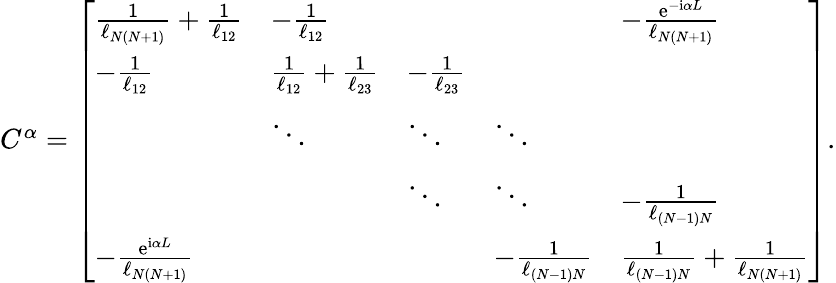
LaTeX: \begin{array}{r}{C^{\alpha}=\left[\begin{array}{lllll}{\frac{1}{\ell_{N(N+1)}}+\frac{1}{\ell_{12}}}&{-\frac{1}{\ell_{12}}}&&&{-\frac{\mathrm{e}^{-\mathrm{i}\alpha L}}{\ell_{N(N+1)}}}\\ {-\frac{1}{\ell_{12}}}&{\frac{1}{\ell_{12}}+\frac{1}{\ell_{23}}}&{-\frac{1}{\ell_{23}}}&&\\ &{\ddots}&{\ddots}&{\ddots}&\\ &&{\ddots}&{\ddots}&{-\frac{1}{\ell_{{(N-1)N}}}}\\ {-\frac{\mathrm{e}^{\mathrm{i}\alpha L}}{\ell_{N(N+1)}}}&&&{-\frac{1}{\ell_{(N-1)N}}}&{\frac{1}{\ell_{(N-1)N}}+\frac{1}{\ell_{N(N+1)}}}\end{array}\right].}\end{array}